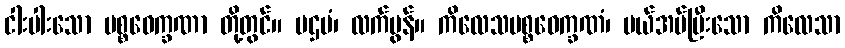
ငါးပါးသော ပစ္စဝေက္ခဏာ တို့တွင်။ ပဌမံ၊ လက်မွန်။ ကိလေသပစ္စဝေက္ခဏံ၊ ပယ်အပ်ပြီးသော ကိလေသာ